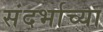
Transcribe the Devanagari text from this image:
संदर्भाच्या